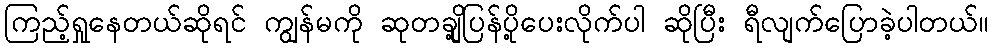
ကြည့်ရှုနေတယ်ဆိုရင် ကျွန်မကို ဆုတချို့ပြန်ပို့ပေးလိုက်ပါ ဆိုပြီး ရီလျက်ပြောခဲ့ပါတယ်။